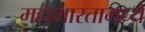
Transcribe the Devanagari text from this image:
महाभारतामध्यें